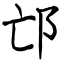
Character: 邙